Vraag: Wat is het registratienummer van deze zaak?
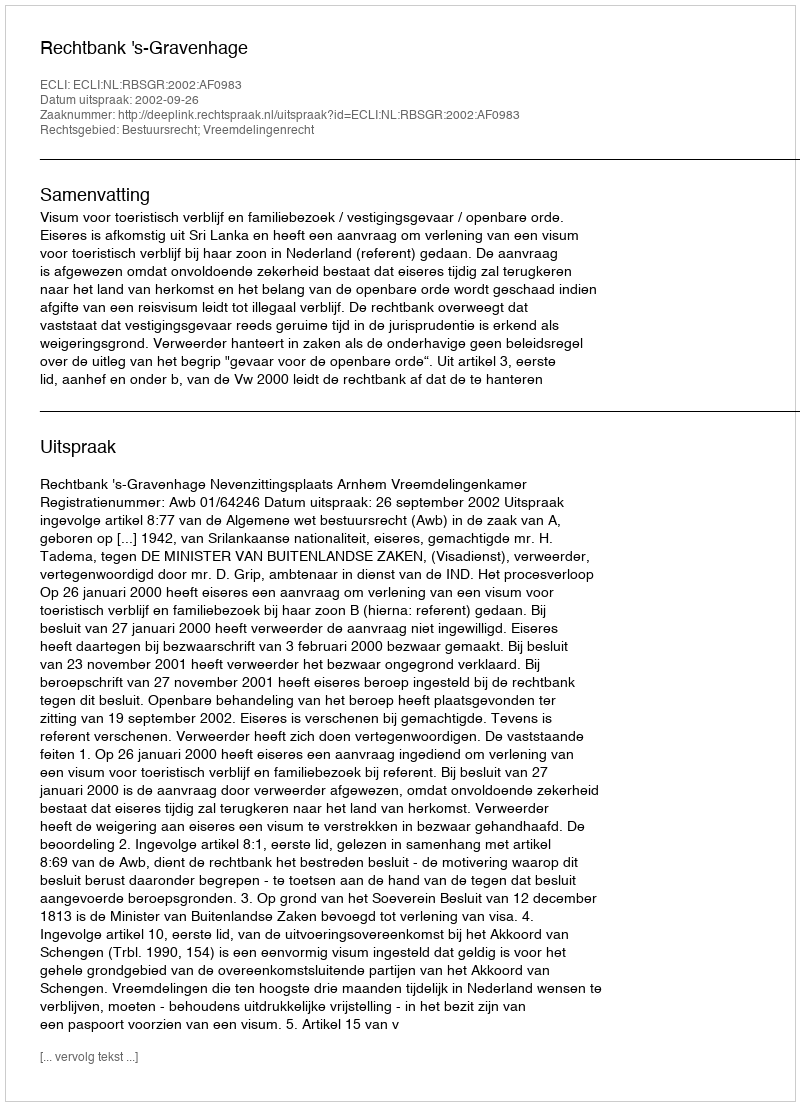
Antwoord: http://deeplink.rechtspraak.nl/uitspraak?id=ECLI:NL:RBSGR:2002:AF0983